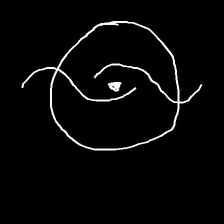
Glyph: repetition